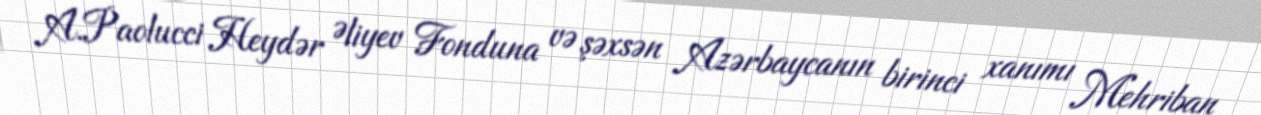
A.Paolucci Heydər Əliyev Fonduna və şəxsən Azərbaycanın birinci xanımı Mehriban